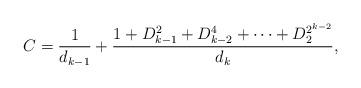
LaTeX: \begin{align*}C=\frac{1}{d_{k-1}}+\frac{1+D^2_{k-1}+D_{k-2}^4+\cdots+D_2^{2^{k-2}}}{d_k},\end{align*}